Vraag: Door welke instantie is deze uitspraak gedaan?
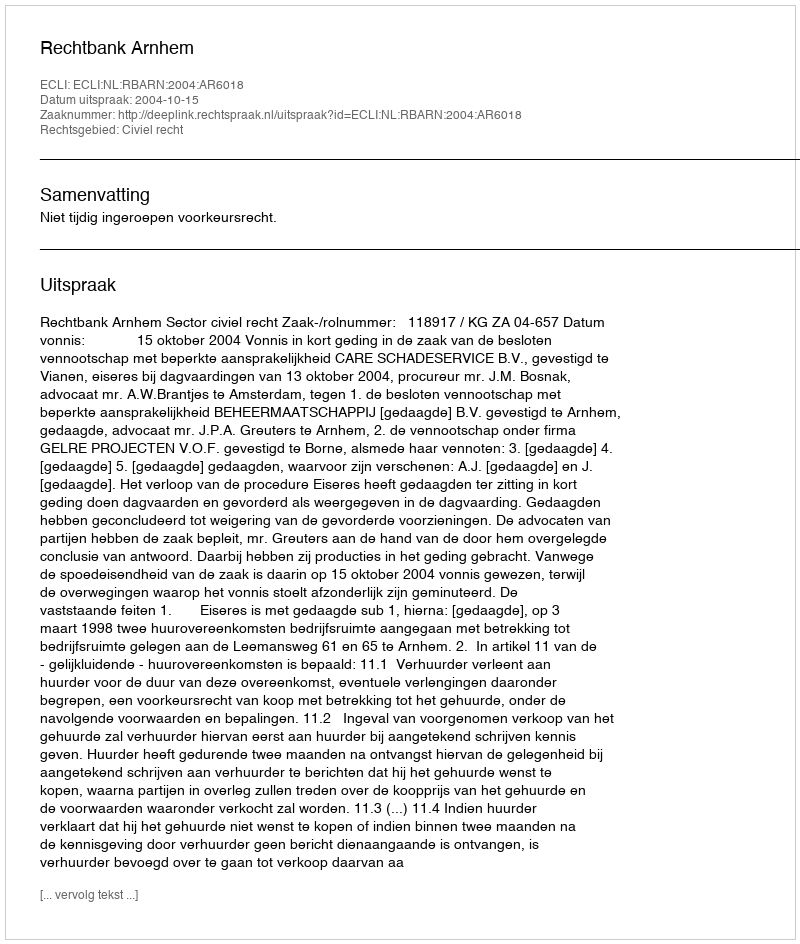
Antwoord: Rechtbank Arnhem